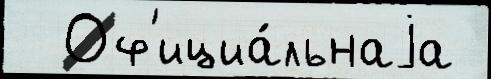
  Оф'ициа́льнаjа